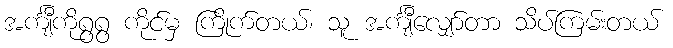
အင်္ကျီကိုရွရွ ကိုင်မှ ကြိုက်တယ်၊ သူ အင်္ကျီလျှော်တာ သိပ်ကြမ်းတယ်